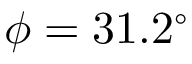
\phi = 3 1 . 2 ^ { \circ }